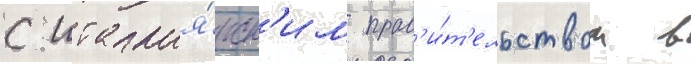
с италья́нск'им прав'и́т'ельством в